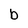
Character: b